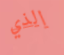
الذي